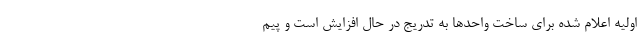
اولیه اعلام شده برای ساخت واحدها به تدریج در حال افزایش است و پیم